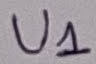
Text: U1